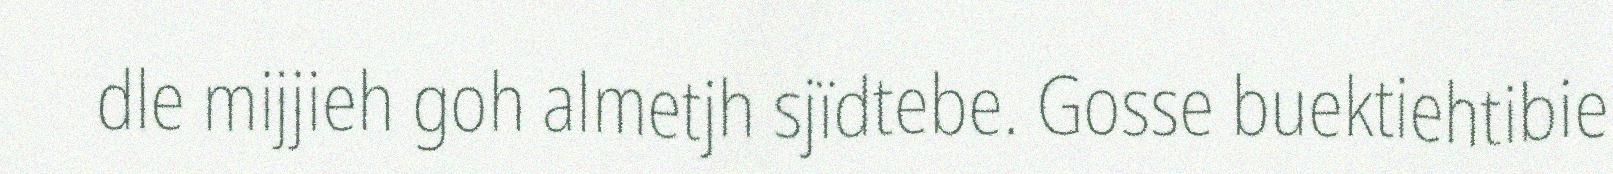
dle mijjieh goh almetjh sjïdtebe. Gosse buektiehtibie